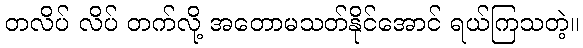
တလိပ် လိပ် တက်လို့ အတောမသတ်နိုင်အောင် ရယ်ကြသတဲ့။